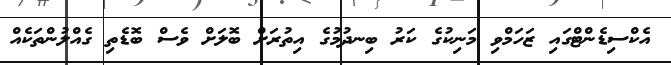
އެކްސިޑެންޓްގައި ޒަހަމްވި މަނިކުގެ ކަރު ބިނދުމުގެ އިތުރަށް ބޮލަށް ވެސް ބޮޑެތި ގެއްލުންތަކެއް